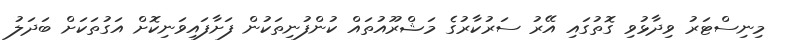
މިނިސްޓަރު ވިދާޅުވި ގޮތުގައި އޭރު ސަރުކާރުގެ މަޝްރޫއުތައް ކުންފުނިތަކުން ފަށާފައިވަނިކޮށް އަގުތަކަށް ބަދަލު